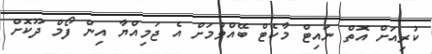
ކުރިއަށް އޮތް ނައިޓް މާކެޓް ބޭއްވުމަށް އެ ޖަމިއްޔާ އިން ފޯމް ދޫކޮށް